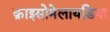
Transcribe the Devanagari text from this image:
क्राइसोमेलायडिया